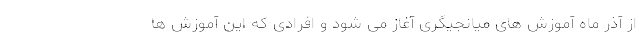
از آذر ماه آموزش های میانجیگری آغاز می شود و افرادی که این آموزش ها